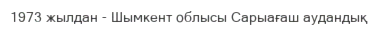
1973 жылдан - Шымкент облысы Сарыағаш аудандық